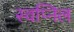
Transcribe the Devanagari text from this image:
स्‍वप्निल